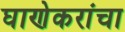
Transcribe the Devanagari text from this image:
घाणेकरांचा